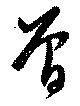
曽